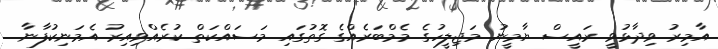
އާމިރު ވިދާޅުވީ ރައީސް ޔާމީނު މަޖިލީހުގެ މެމްބަރެއްގެ ގޮތުގައި މަސައްކަތް ކުރެއްވިއިރު އެމަނިކުފާނާ